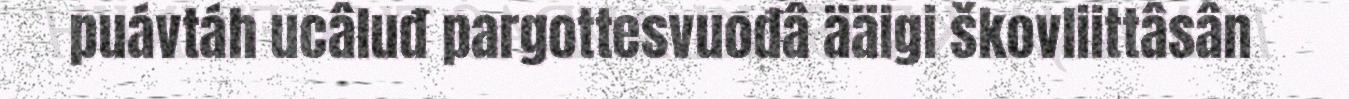
puávtáh ucâluđ pargottesvuođâ ääigi škovliittâsân